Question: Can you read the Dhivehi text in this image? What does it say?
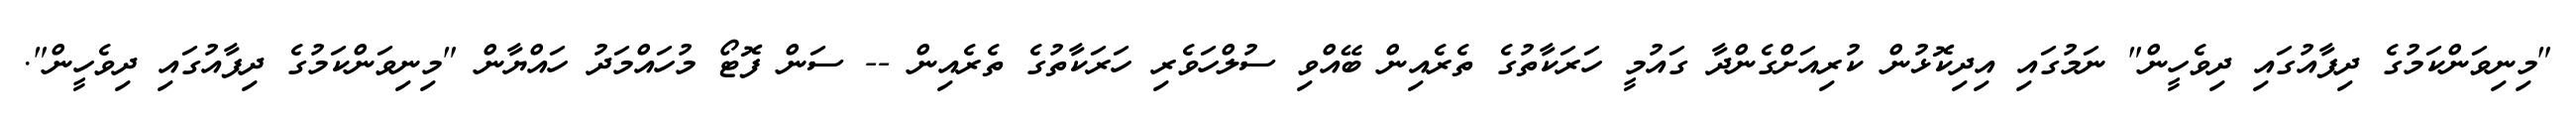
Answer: "މިނިވަންކަމުގެ ދިފާއުގައި ދިވެހީން" ނަމުގައި އިދިކޮޅުން ކުރިއަށްގެންދާ ގައުމީ ހަރަކާތުގެ ތެރެއިން ބޭއްވި ސުލްހަވެރި ހަރަކާތުގެ ތެރެއިން -- ސަން ފޮޓޯ މުހައްމަދު ހައްޔާން "މިނިވަންކަމުގެ ދިފާއުގައި ދިވެހީން".